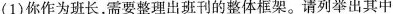
(1)你作为班长，需要整理出班刊的整体框架。请列举出其中